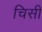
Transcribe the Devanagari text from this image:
चिसी